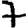
Digit: 7